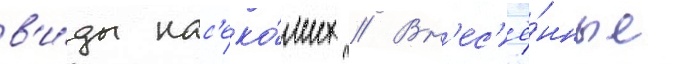
в'и́ды нас'еко́мых // Вн'ес'ё́нные